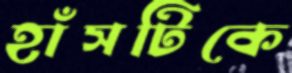
হাঁসটিকে